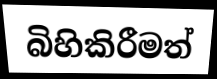
බිහිකිරීමත්